画像に写った文字を読んでください
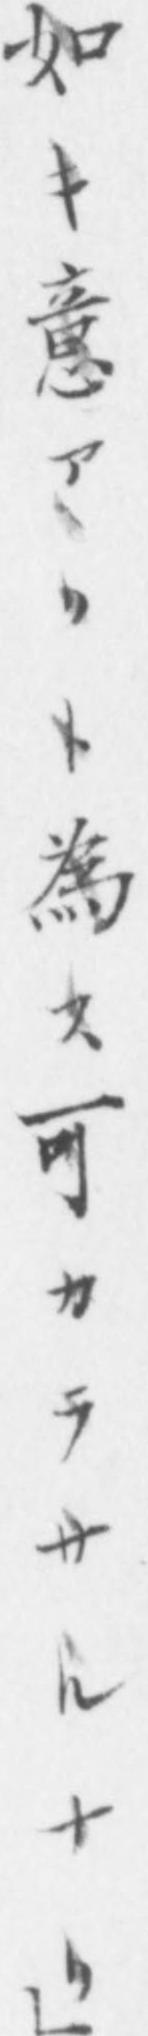
「如キ意アリト為ス可カラサルナリ｣」と書いてあります